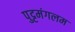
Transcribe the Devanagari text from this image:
पुट्टमंगलम